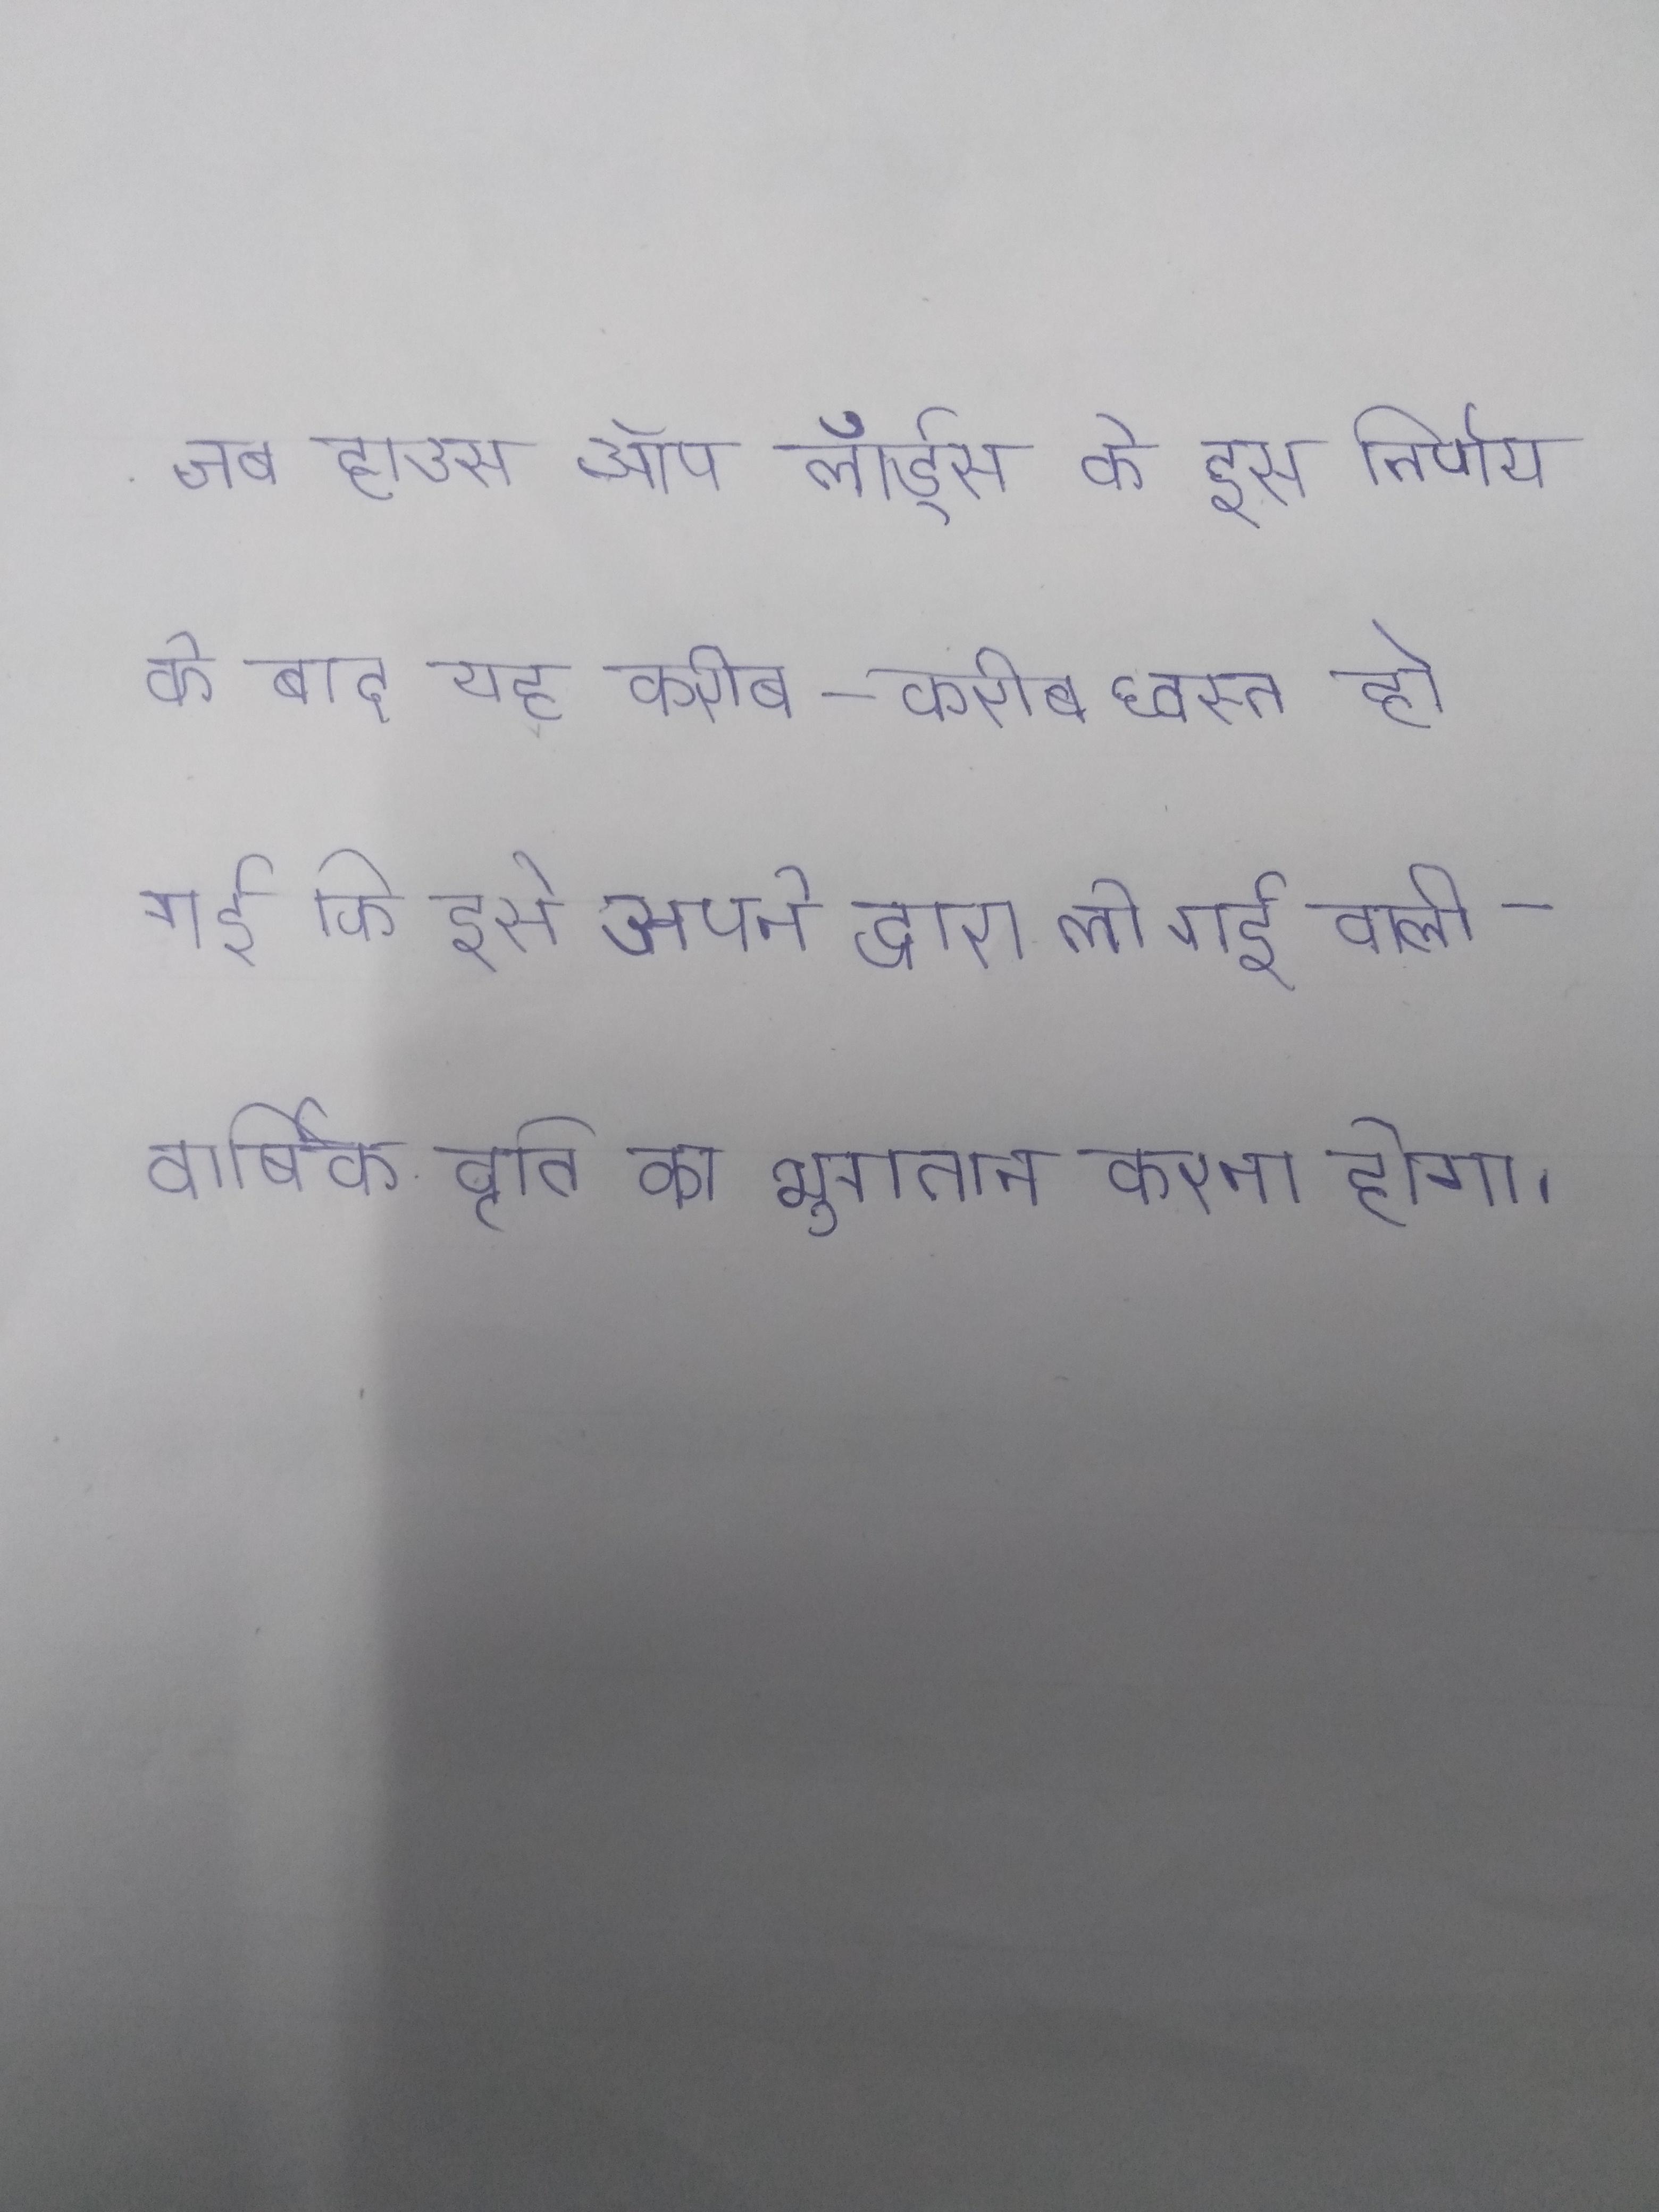
अप्रैल को इलिनोइस विश्वविद्यालय के पत्रकारिता स्कूल एक कक्षा के भाग के रूप विलियम गेन्स और उनके पत्रकारिता के द्वारा स्रोत सामग्री की एक विस्तृत समीक्षा के परिणाम स्वरूप एक उम्मीदवार बनाकर प्रस्तुत किया गया । अप्रैल ब्रिटेन की एक जीवन बीमा इक्विटेबल लाइफ ने पर उस समय मुकदमा कर दिया जब हाउस ऑप लॉर्ड्स के इस निर्णय के बाद यह करीब-करीब ध्वस्त हो गई कि इसे अपने द्वारा ली गई वाली वार्षिक वृति का भुगतान करना होगा ।